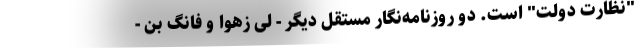
"نظارت دولت" است. دو روزنامه‌نگار مستقل دیگر - لی زهوا و فانگ بن -